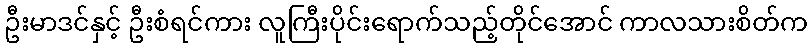
ဦးမာဒင်နှင့် ဦးစံရင်ကား လူကြီးပိုင်းရောက်သည့်တိုင်အောင် ကာလသားစိတ်က